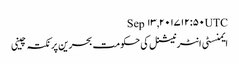
Sep ۱۳, ۲۰۱۷ ۱۲:۵۰ UTC
ایمنسٹی انٹرنیشنل کی حکومت بحرین پر نکتہ چینی